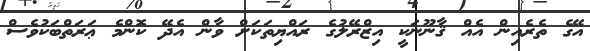
އޭގެ ތެރެއިން އެއް ޤާނޫނަކީ އިޒްރޭލުގެ ރައްޔިތަކަށް ވާން އެދޭ ކޮންމެ ޢަރަތްބަކުވެސް